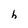
Character: h